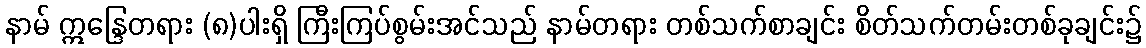
နာမ် ဣန္ဒြေတရား (၈)ပါးရှိ ကြီးကြပ်စွမ်းအင်သည် နာမ်တရား တစ်သက်စာချင်း စိတ်သက်တမ်းတစ်ခုချင်း၌